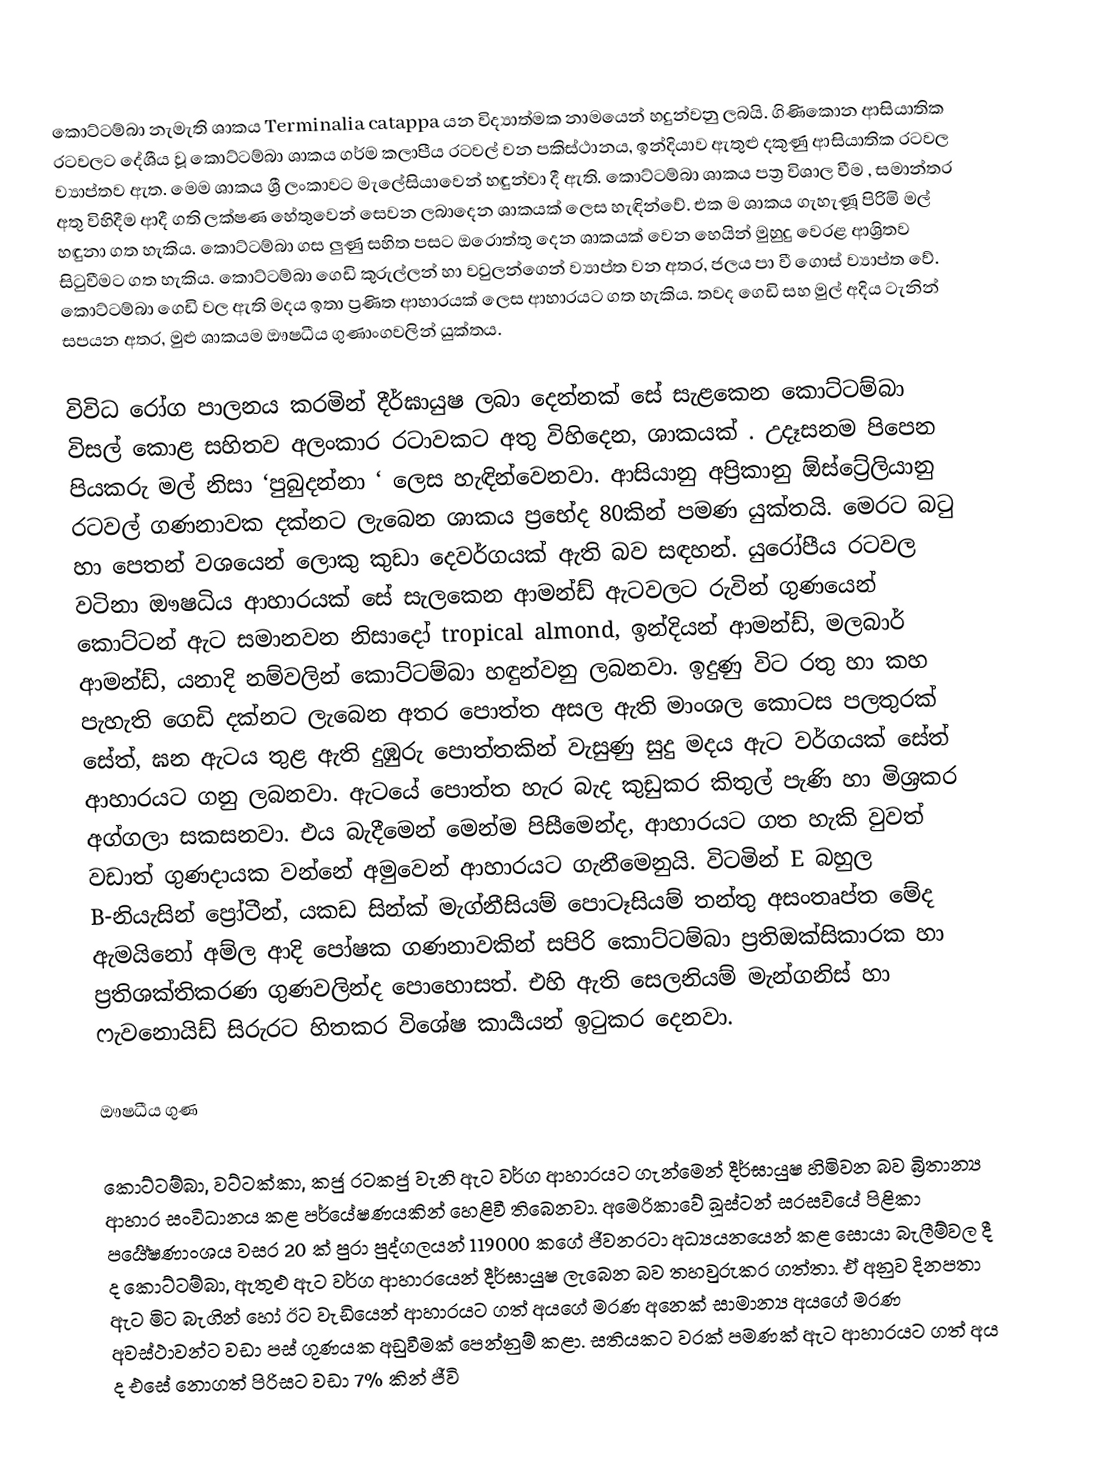
කොට්ටම්බා නැමැති ශාකය Terminalia catappa යන විද්‍යාත්මක නාමයෙන් හදුන්වනු ලබයි. ගිණිකොන ආසියාතික රටවලට දේශීය වූ කොට්ටම්බා ශාකය ගර්ම කලාපීය රටවල් වන පකිස්ථානය, ඉන්දියාව ඇතුළු දකුණු ආසියාතික රටවල ව්‍යාප්තව ඇත. මෙම ශාකය ශ්‍රී ලංකාවට මැලේසියාවෙන් හඳුන්වා දී ඇති. කොට්ටම්බා ශාකය පත්‍ර විශාල වීම , සමාන්තර අතු විහිදීම ආදී ගති ලක්ෂණ හේතුවෙන් සෙවන ලබාදෙන ශාකයක් ලෙස හැඳින්වේ. එක ම ශාකය ගැහැණූ පිරිමි මල් හඳුනා ගත හැකිය. කොට්ටම්බා ගස ලුණු සහිත පසට ඔරොත්තු දෙන ශාකයක් වෙන හෙයින් මුහුදු වෙරළ ආශ්‍රිතව සිටුවීමට ගත හැකිය. කොට්ටම්බා ගෙඩි කුරුල්ලන් හා වවුලන්ගෙන් ව්‍යාප්ත වන අතර, ජලය පා වී ගොස් ව්‍යාප්ත වේ. කොට්ටම්බා ගෙඩි වල ඇති මදය ඉතා ප්‍රණිත ආහාරයක් ලෙස ආහාරයට ගත හැකිය. තවද ගෙඩි සහ මුල් අදිය ටැනින් සපයන අතර, මුළු ශාකයම ඖෂධීය ගුණාංගවලින් යුක්තය.

විවිධ රෝග පාලනය කරමින් දීර්ඝායුෂ ලබා දෙන්නක් සේ සැළකෙන කොට්ටම්බා විසල් කොළ සහිතව අලංකාර රටාවකට අතු විහිදෙන, ශාකයක් . උදෑසනම පිපෙන පියකරු මල් නිසා ‘පුබුදන්නා ‘ ලෙස හැඳින්වෙනවා. ආසියානු අප්‍රිකානු ඕස්ට්‍රේලියානු රටවල් ගණනාවක දක්නට ලැබෙන ශාකය ප්‍රභේද 80කින් පමණ යුක්තයි. මෙරට බටු හා පෙතන් වශයෙන් ලොකු කුඩා දෙවර්ගයක් ඇති බව සඳහන්. යුරෝපීය රටවල වටිනා ඖෂධිය ආහාරයක් සේ සැලකෙන ආමන්ඩ් ඇටවලට රුවින් ගුණයෙන් කොට්ටන් ඇට සමානවන නිසාදෝ tropical almond, ඉන්දියන් ආමන්ඩ්, මලබාර් ආමන්ඩ්, යනාදි නම්වලින් කොට්ටම්බා හඳුන්වනු ලබනවා. ඉදුණු විට රතු හා කහ පැහැති ගෙඩි දක්නට ලැබෙන අතර පොත්ත අසල ඇති මාංශල කොටස පලතුරක් සේත්, ඝන ඇටය තුළ ඇති දුඹුරු පොත්තකින් වැසුණු සුදු මදය ඇට වර්ගයක් සේත් ආහාරයට ගනු ලබනවා. ඇටයේ පොත්ත හැර බැද කුඩුකර කිතුල් පැණි හා මිශ්‍රකර අග්ගලා සකසනවා. එය බැදීමෙන් මෙන්ම පිසීමෙන්ද, ආහාරයට ගත හැකි වුවත් වඩාත් ගුණදායක වන්නේ අමුවෙන් ආහාරයට ගැනීමෙනුයි. විටමින් E බහුල B-නියැසින් ප්‍රෝටීන්, යකඩ සින්ක් මැග්නීසියම් පොටෑසියම් තන්තු අසංතෘප්ත මේද ඇමයිනෝ අම්ල ආදි පෝෂක ගණනාවකින් සපිරි කොට්ටම්බා ප්‍රතිඔක්සිකාරක හා ප්‍රතිශක්තිකරණ ගුණවලින්ද පොහොසත්. එහි ඇති සෙලනියම් මැන්ගනිස් හා ෆැවනොයිඩ් සිරුරට හිතකර විශේෂ කාර්‍යයන් ඉටුකර දෙනවා.

ඖෂධීය ගුණ

කොට්ටම්බා, වට්ටක්කා, කජු රටකජු වැනි ඇට වර්ග ආහාරයට ගැන්මෙන් දීර්ඝායුෂ හිමිවන බව බ්‍රිතාන්‍ය ආහාර සංවිධානය කළ පර්යේෂණයකින් හෙළිවී තිබෙනවා. අමෙරිකාවේ බූස්ටන් සරසවියේ පිළිකා පර්‍යේෂණාංශය වසර 20 ක් පුරා පුද්ගලයන් 119000 කගේ ජීවනරටා අධ්‍ය‍යනයෙන් කළ සොයා බැලීම්වල දී ද කොට්ටම්බා, ඇතුළු ඇට වර්ග ආහාරයෙන් දීර්ඝායුෂ ලැබෙන බව තහවුරුකර ගත්තා. ඒ අනුව දිනපතා ඇට මිට බැගින් හෝ ඊට වැඩියෙන් ආහාරයට ගත් අයගේ මරණ අනෙක් සාමාන්‍ය අයගේ මරණ අවස්ථාවන්ට වඩා පස් ගුණයක අඩුවීමක් පෙන්නුම් කළා. සතියකට වරක් පමණක් ඇට ආහාරයට ගත් අය ද එසේ නොගත් පිරිසට වඩා 7% කින් ජීවි